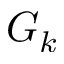
G _ { k }